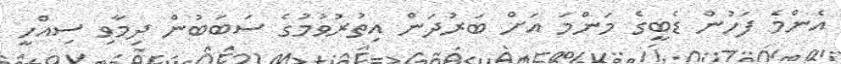
އެންމެ ފަހުން ޑެބީގެ މަންމަ އަށް ބަރުދަން އިތުރުވުމުގެ ސަބަބުން ދިމާވި ސިއްހީ